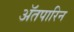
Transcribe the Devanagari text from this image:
अॅतपारिन